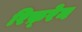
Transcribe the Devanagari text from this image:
रिफ़्रेन